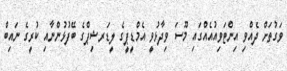
ވަގުތަށް ދެއްވި އިންޓަވިއުއެއްގައި މޫސަ ވިދާޅުވީ އެމްޑީޕީގެ ލީޑަރޝިޕްގެ ބޭފުޅުންނާއި ކުރީގެ ނައިބް